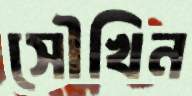
সৌখিন